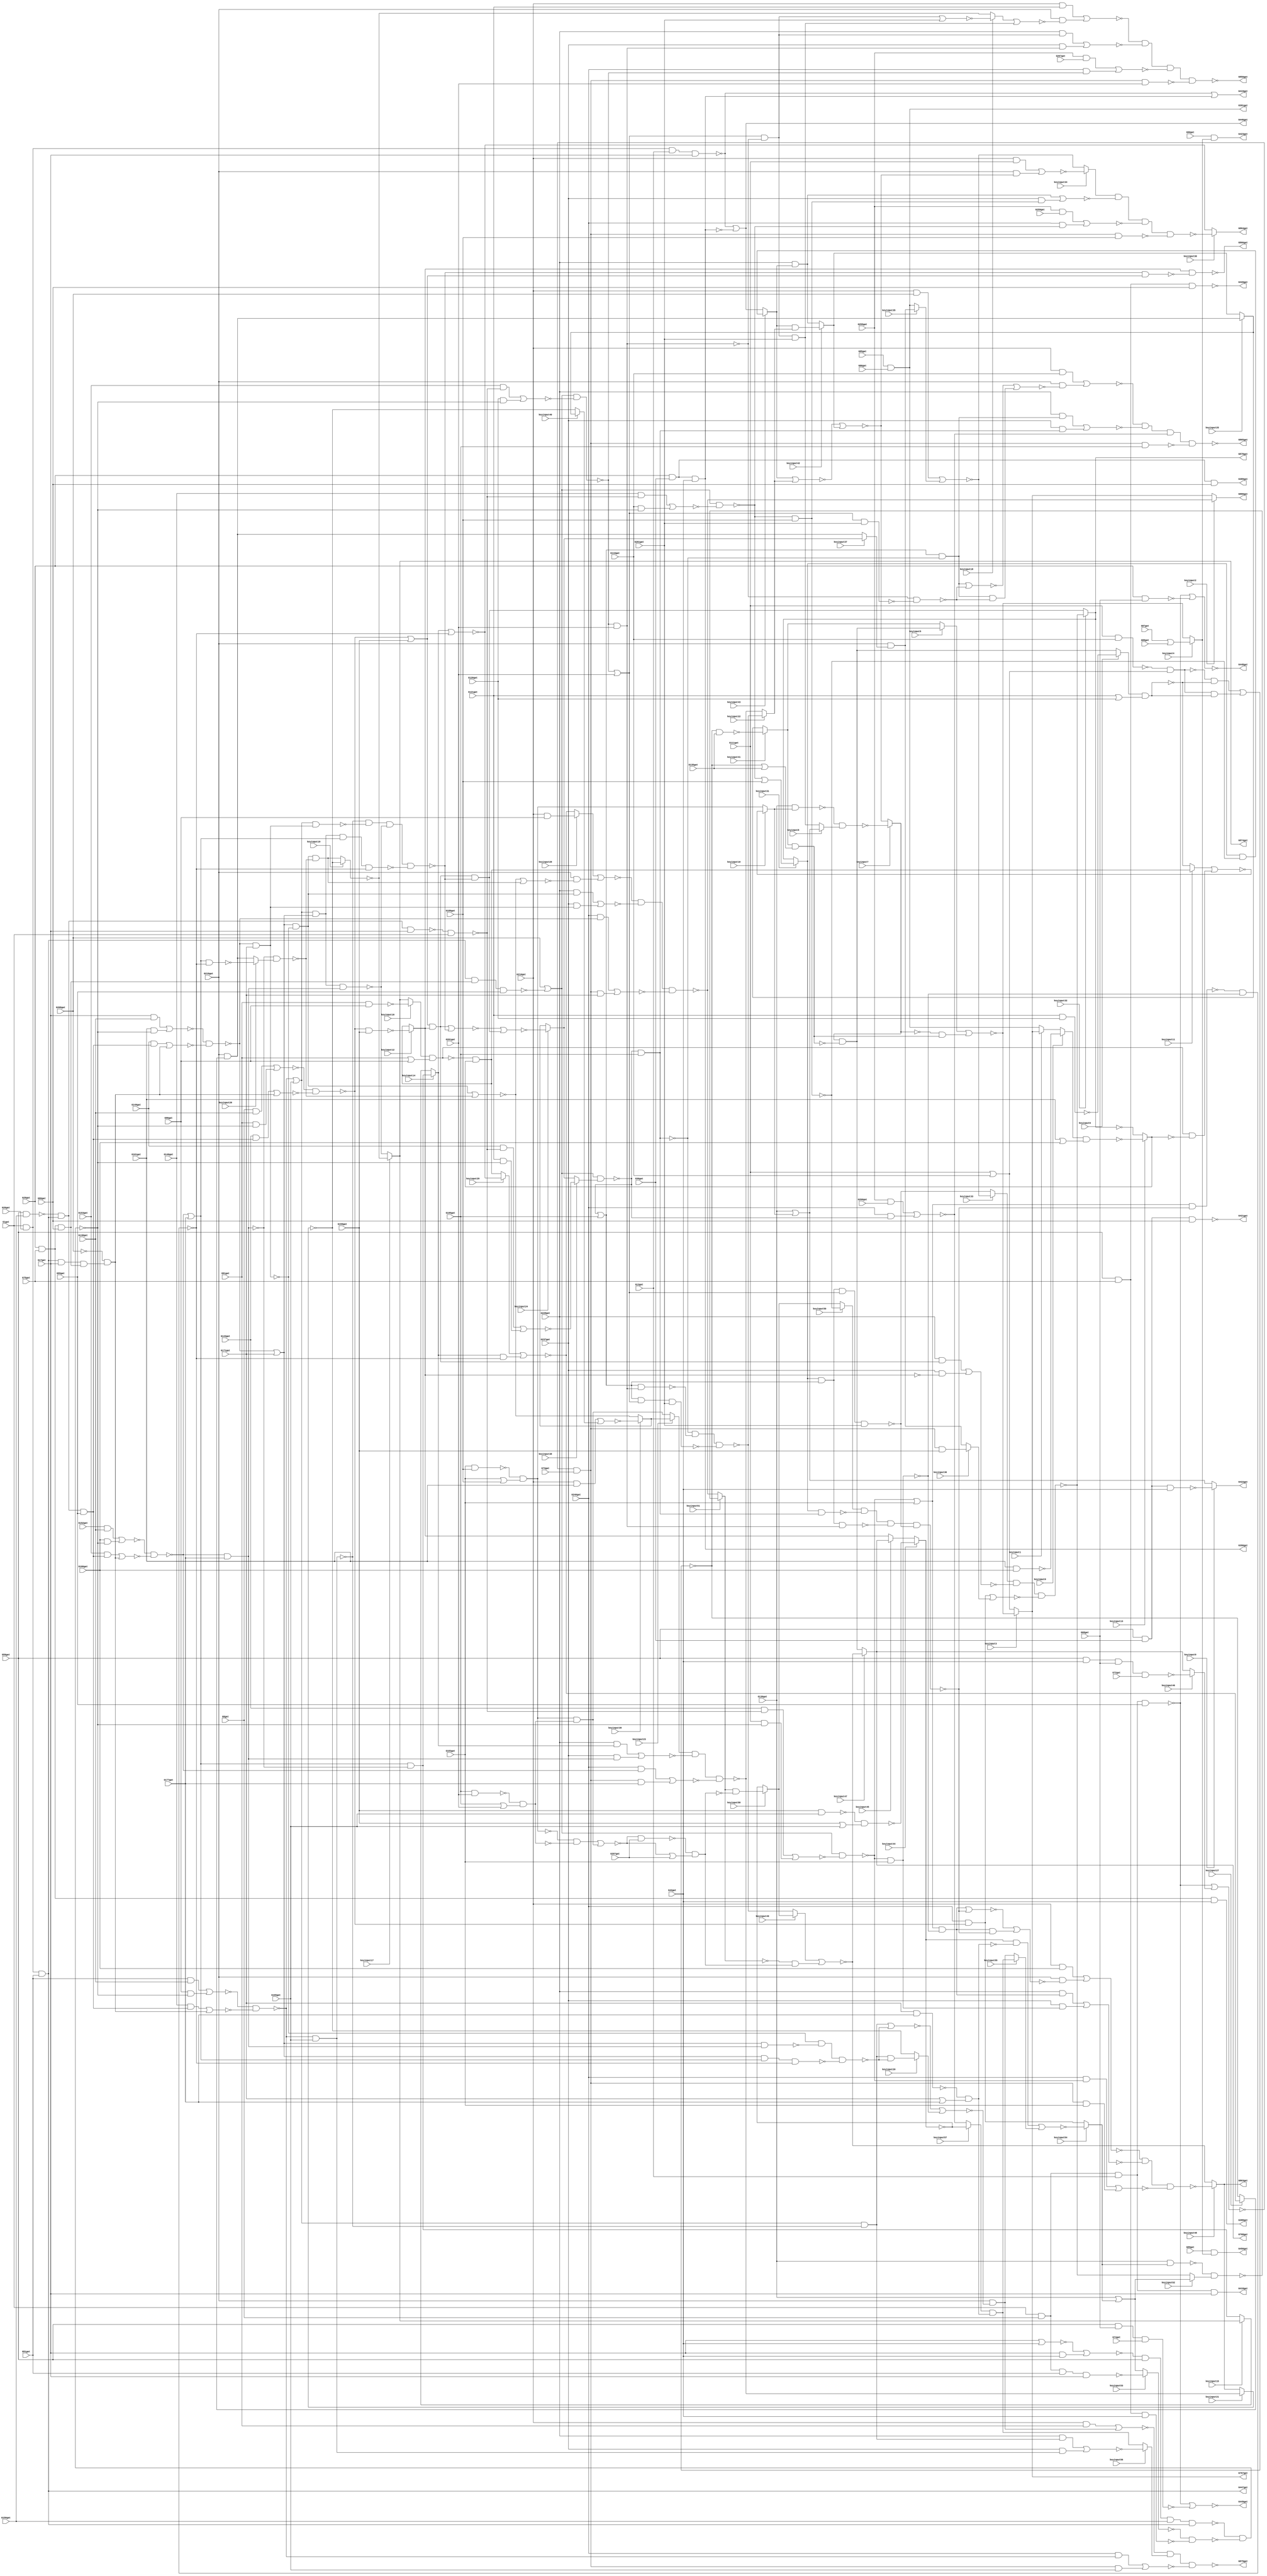
// Verilog File 
module top (G1gat,G8gat,G13gat,G17gat,G26gat,G29gat,G36gat,G42gat,G51gat,
G55gat,G59gat,G68gat,G72gat,G73gat,G74gat,G75gat,G80gat,G85gat,G86gat,
G87gat,G88gat,G89gat,G90gat,G91gat,G96gat,G101gat,G106gat,G111gat,G116gat,
G121gat,G126gat,G130gat,G135gat,G138gat,G143gat,G146gat,G149gat,G152gat,G153gat,
G156gat,G159gat,G165gat,G171gat,G177gat,G183gat,G189gat,G195gat,G201gat,G207gat,
G210gat,G219gat,G228gat,G237gat,G246gat,G255gat,G259gat,G260gat,G261gat,G267gat,
G268gat,G388gat,G389gat,G390gat,G391gat,G418gat,G419gat,G420gat,G421gat,G422gat,
G423gat,G446gat,G447gat,G448gat,G449gat,G450gat,G767gat,G768gat,G850gat,G863gat,
G864gat,G865gat,G866gat,G874gat,G878gat,G879gat,G880gat,keyinput0,keyinput1,keyinput2,
keyinput3,keyinput4,keyinput5,keyinput6,keyinput7,keyinput8,keyinput9,keyinput10,keyinput11,keyinput12,
keyinput13,keyinput14,keyinput15,keyinput16,keyinput17,keyinput18,keyinput19,keyinput20,keyinput21,keyinput22,
keyinput23,keyinput24,keyinput25,keyinput26,keyinput27,keyinput28,keyinput29,keyinput30,keyinput31,keyinput32,
keyinput33,keyinput34,keyinput35,keyinput36,keyinput37,keyinput38,keyinput39,keyinput40,keyinput41,keyinput42,
keyinput43,keyinput44,keyinput45,keyinput46,keyinput47,keyinput48,keyinput49,keyinput50,keyinput51,keyinput52,
keyinput53,keyinput54,keyinput55,keyinput56,keyinput57,keyinput58);

input G1gat,G8gat,G13gat,G17gat,G26gat,G29gat,G36gat,G42gat,G51gat,
G55gat,G59gat,G68gat,G72gat,G73gat,G74gat,G75gat,G80gat,G85gat,G86gat,
G87gat,G88gat,G89gat,G90gat,G91gat,G96gat,G101gat,G106gat,G111gat,G116gat,
G121gat,G126gat,G130gat,G135gat,G138gat,G143gat,G146gat,G149gat,G152gat,G153gat,
G156gat,G159gat,G165gat,G171gat,G177gat,G183gat,G189gat,G195gat,G201gat,G207gat,
G210gat,G219gat,G228gat,G237gat,G246gat,G255gat,G259gat,G260gat,G261gat,G267gat,
G268gat,keyinput0,keyinput1,keyinput2,keyinput3,keyinput4,keyinput5,keyinput6,keyinput7,keyinput8,
keyinput9,keyinput10,keyinput11,keyinput12,keyinput13,keyinput14,keyinput15,keyinput16,keyinput17,keyinput18,
keyinput19,keyinput20,keyinput21,keyinput22,keyinput23,keyinput24,keyinput25,keyinput26,keyinput27,keyinput28,
keyinput29,keyinput30,keyinput31,keyinput32,keyinput33,keyinput34,keyinput35,keyinput36,keyinput37,keyinput38,
keyinput39,keyinput40,keyinput41,keyinput42,keyinput43,keyinput44,keyinput45,keyinput46,keyinput47,keyinput48,
keyinput49,keyinput50,keyinput51,keyinput52,keyinput53,keyinput54,keyinput55,keyinput56,keyinput57,keyinput58;

output G388gat,G389gat,G390gat,G391gat,G418gat,G419gat,G420gat,G421gat,G422gat,
G423gat,G446gat,G447gat,G448gat,G449gat,G450gat,G767gat,G768gat,G850gat,G863gat,
G864gat,G865gat,G866gat,G874gat,G878gat,G879gat,G880gat;

wire G269gat,G270gat,G273gat,G276gat,G279gat,G280gat,G284gat,G285gat,G286gat,
G287gat,G290gat,G291gat,G292gat,G293gat,G294gat,G295gat,G296gat,G297gat,G298gat,
G301gat,G302gat,G303gat,G304gat,G305gat,G306gat,G307gat,G308gat,G309gat,G310gat,
G316gat,G317gat,G318gat,G319gat,G322gat,G323gat,G324gat,G325gat,G326gat,G327gat,
G328gat,G329gat,G330gat,G331gat,G332gat,G333gat,G334gat,G335gat,G336gat,G337gat,
G338gat,G339gat,G340gat,G341gat,G342gat,G343gat,G344gat,G345gat,G346gat,G347gat,
G348gat,G349gat,G350gat,G351gat,G352gat,G353gat,G354gat,G355gat,G356gat,G357gat,
G360gat,G363gat,G366gat,G369gat,G375gat,G376gat,G379gat,G382gat,G385gat,G392gat,
G393gat,G399gat,G400gat,G401gat,G402gat,G403gat,G404gat,G405gat,G406gat,G407gat,
G408gat,G409gat,G410gat,G411gat,G412gat,G413gat,G414gat,G415gat,G416gat,G417gat,
G424gat,G425gat,G426gat,G427gat,G432gat,G437gat,G442gat,G443gat,G444gat,G445gat,
G451gat,G460gat,G463gat,G466gat,G475gat,G476gat,G477gat,G478gat,G479gat,G480gat,
G481gat,G482gat,G483gat,G488gat,G489gat,G490gat,G491gat,G492gat,G495gat,G498gat,
G499gat,G500gat,G501gat,G502gat,G503gat,G504gat,G505gat,G506gat,G507gat,G508gat,
G509gat,G510gat,G511gat,G512gat,G513gat,G514gat,G515gat,G516gat,G517gat,G518gat,
G519gat,G520gat,G521gat,G522gat,G523gat,G524gat,G525gat,G526gat,G527gat,G528gat,
G529gat,G530gat,G533gat,G536gat,G537gat,G538gat,G539gat,G540gat,G541gat,G542gat,
G543gat,G544gat,G547gat,G550gat,G551gat,G552gat,G553gat,G557gat,G561gat,G565gat,
G569gat,G573gat,G577gat,G581gat,G585gat,G586gat,G587gat,G588gat,G589gat,G590gat,
G593gat,G596gat,G597gat,G600gat,G605gat,G606gat,G609gat,G615gat,G616gat,G619gat,
G624gat,G625gat,G628gat,G631gat,G632gat,G635gat,G640gat,G641gat,G644gat,G650gat,
G651gat,G654gat,G659gat,G660gat,G661gat,G662gat,G665gat,G669gat,G670gat,G673gat,
G677gat,G678gat,G682gat,G686gat,G687gat,G692gat,G696gat,G697gat,G700gat,G704gat,
G705gat,G708gat,G712gat,G713gat,G717gat,G721gat,G722gat,G727gat,G731gat,G732gat,
G733gat,G734gat,G735gat,G736gat,G737gat,G738gat,G739gat,G740gat,G741gat,G742gat,
G743gat,G744gat,G745gat,G746gat,G747gat,G748gat,G749gat,G750gat,G751gat,G752gat,
G753gat,G754gat,G755gat,G756gat,G757gat,G758gat,G759gat,G760gat,G761gat,G762gat,
G763gat,G764gat,G765gat,G766gat,G769gat,G770gat,G771gat,G772gat,G773gat,G777gat,
G778gat,G781gat,G782gat,G785gat,G786gat,G787gat,G788gat,G789gat,G790gat,G791gat,
G792gat,G793gat,G794gat,G795gat,G796gat,G802gat,G803gat,G804gat,G805gat,G806gat,
G807gat,G808gat,G809gat,G810gat,G811gat,G812gat,G813gat,G814gat,G815gat,G819gat,
G822gat,G825gat,G826gat,G827gat,G828gat,G829gat,G830gat,G831gat,G832gat,G833gat,
G834gat,G835gat,G836gat,G837gat,G838gat,G839gat,G840gat,G841gat,G842gat,G843gat,
G844gat,G845gat,G846gat,G847gat,G848gat,G849gat,G851gat,G852gat,G853gat,G854gat,
G855gat,G856gat,G857gat,G858gat,G859gat,G860gat,G861gat,G862gat,G867gat,G868gat,
G869gat,G870gat,G871gat,G872gat,G873gat,G875gat,G876gat,G877gat,muxed0,muxed1,
muxed2,muxed3,muxed4,muxed5,muxed6,muxed7,muxed8,muxed9,muxed10,muxed11,
muxed12,muxed13,muxed14,muxed15,muxed16,muxed17,muxed18,muxed19,muxed20,muxed21,
muxed22,muxed23,muxed24,muxed25,muxed26,muxed27,muxed28,muxed29,muxed30,muxed31,
muxed32,muxed33,muxed34,muxed35,muxed36,muxed37,muxed38,muxed39,muxed40,muxed41,
muxed42,muxed43,muxed44,muxed45,muxed46,muxed47,muxed48,muxed49,muxed50,muxed51,
muxed52,muxed53,muxed54,muxed55,muxed56,muxed57,muxed58;
nand gate_0(G269gat,G1gat,G8gat,G13gat,G17gat);
nand gate_1(G270gat,G1gat,G26gat,G13gat,G17gat);
and gate_2(G273gat,G29gat,G36gat,G42gat);
and gate_3(G276gat,G1gat,G26gat,G51gat);
nand gate_4(G279gat,G1gat,G8gat,G51gat,G17gat);
nand gate_5(G280gat,G1gat,G8gat,G13gat,G55gat);
nand gate_6(G284gat,G59gat,G42gat,G68gat,G72gat);
nand gate_7(G285gat,G29gat,G68gat);
nand gate_8(G286gat,G59gat,G68gat,G74gat);
and gate_9(G287gat,G29gat,G75gat,G80gat);
and gate_10(G290gat,G29gat,G75gat,G42gat);
and gate_11(G291gat,G29gat,G36gat,G80gat);
and gate_12(G292gat,G29gat,G36gat,G42gat);
and gate_13(G293gat,G59gat,G75gat,G80gat);
and gate_14(G294gat,G59gat,G75gat,G42gat);
and gate_15(G295gat,G59gat,G36gat,G80gat);
and gate_16(G296gat,G59gat,G36gat,G42gat);
and gate_17(G297gat,G85gat,G86gat);
or gate_18(G298gat,G87gat,G88gat);
nand gate_19(G301gat,G91gat,G96gat);
or gate_20(G302gat,G91gat,G96gat);
nand gate_21(G303gat,G101gat,G106gat);
or gate_22(G304gat,G101gat,G106gat);
nand gate_23(G305gat,G111gat,G116gat);
or gate_24(G306gat,G111gat,G116gat);
nand gate_25(G307gat,G121gat,G126gat);
or gate_26(G308gat,G121gat,G126gat);
and gate_27(G309gat,G8gat,G138gat);
not gate_28(G310gat,G268gat);
and gate_29(G316gat,G51gat,G138gat);
and gate_30(G317gat,G17gat,G138gat);
and gate_31(G318gat,G152gat,G138gat);
nand gate_32(G319gat,G59gat,G156gat);
nor gate_33(G322gat,G17gat,G42gat);
and gate_34(G323gat,G17gat,G42gat);
nand gate_35(G324gat,G159gat,G165gat);
or gate_36(G325gat,G159gat,G165gat);
nand gate_37(G326gat,G171gat,G177gat);
or gate_38(G327gat,G171gat,G177gat);
nand gate_39(G328gat,G183gat,G189gat);
or gate_40(G329gat,G183gat,G189gat);
nand gate_41(G330gat,G195gat,G201gat);
or gate_42(G331gat,G195gat,G201gat);
and gate_43(G332gat,G210gat,G91gat);
and gate_44(G333gat,G210gat,G96gat);
and gate_45(G334gat,G210gat,G101gat);
and gate_46(G335gat,G210gat,G106gat);
and gate_47(G336gat,G210gat,G111gat);
and gate_48(G337gat,G255gat,G259gat);
and gate_49(G338gat,G210gat,G116gat);
and gate_50(G339gat,G255gat,G260gat);
and gate_51(G340gat,G210gat,G121gat);
and gate_52(G341gat,G255gat,G267gat);
not gate_53(G342gat,G269gat);
not gate_54(G343gat,G273gat);
or gate_55(G344gat,G270gat,G273gat);
not gate_56(G345gat,G276gat);
not gate_57(G346gat,G276gat);
not gate_58(G347gat,muxed53);
nor gate_59(G348gat,G280gat,muxed46);
or gate_60(G349gat,G280gat,G285gat);
or gate_61(G350gat,G280gat,G286gat);
not gate_62(G351gat,G293gat);
not gate_63(G352gat,G294gat);
not gate_64(G353gat,G295gat);
not gate_65(G354gat,G296gat);
nand gate_66(G355gat,G89gat,muxed4);
and gate_67(G356gat,G90gat,muxed4);
nand gate_68(G357gat,muxed16,G302gat);
nand gate_69(G360gat,muxed0,G304gat);
nand gate_70(G363gat,G305gat,G306gat);
nand gate_71(G366gat,muxed6,G308gat);
not gate_72(G369gat,G310gat);
nor gate_73(G375gat,G322gat,G323gat);
nand gate_74(G376gat,G324gat,G325gat);
nand gate_75(G379gat,G326gat,G327gat);
nand gate_76(G382gat,G328gat,G329gat);
nand gate_77(G385gat,G330gat,G331gat);
buf gate_78(G388gat,G290gat);
buf gate_79(G389gat,G291gat);
buf gate_80(G390gat,G292gat);
buf gate_81(G391gat,G297gat);
or gate_82(G392gat,G270gat,G343gat);
not gate_83(G393gat,G345gat);
not gate_84(G399gat,G346gat);
and gate_85(G400gat,G348gat,G73gat);
not gate_86(G401gat,G349gat);
not gate_87(G402gat,G350gat);
not gate_88(G403gat,G355gat);
not gate_89(G404gat,G357gat);
not gate_90(G405gat,muxed13);
and gate_91(G406gat,G357gat,muxed13);
not gate_92(G407gat,G363gat);
not gate_93(G408gat,G366gat);
and gate_94(G409gat,G363gat,G366gat);
nand gate_95(G410gat,G347gat,G352gat);
not gate_96(G411gat,muxed44);
not gate_97(G412gat,G379gat);
and gate_98(G413gat,muxed44,G379gat);
not gate_99(G414gat,G382gat);
not gate_100(G415gat,G385gat);
and gate_101(G416gat,G382gat,G385gat);
and gate_102(G417gat,G210gat,G369gat);
buf gate_103(G418gat,G342gat);
buf gate_104(G419gat,G344gat);
buf gate_105(G420gat,G351gat);
buf gate_106(G421gat,G353gat);
buf gate_107(G422gat,muxed9);
buf gate_108(G423gat,G356gat);
not gate_109(G424gat,G400gat);
and gate_110(G425gat,G404gat,G405gat);
and gate_111(G426gat,G407gat,G408gat);
and gate_112(G427gat,G319gat,G393gat,G55gat);
and gate_113(G432gat,G393gat,G17gat,G287gat);
nand gate_114(G437gat,G393gat,G287gat,G55gat);
nand gate_115(G442gat,G375gat,G59gat,G156gat,G393gat);
nand gate_116(G443gat,G393gat,G319gat,G17gat);
and gate_117(G444gat,muxed57,G412gat);
and gate_118(G445gat,G414gat,G415gat);
buf gate_119(G446gat,G392gat);
buf gate_120(G447gat,G399gat);
buf gate_121(G448gat,G401gat);
buf gate_122(G449gat,G402gat);
buf gate_123(G450gat,G403gat);
not gate_124(G451gat,G424gat);
nor gate_125(G460gat,muxed11,G425gat);
nor gate_126(G463gat,G409gat,G426gat);
nand gate_127(G466gat,G442gat,G410gat);
and gate_128(G475gat,G143gat,G427gat);
and gate_129(G476gat,G310gat,G432gat);
and gate_130(G477gat,G146gat,G427gat);
and gate_131(G478gat,G310gat,G432gat);
and gate_132(G479gat,G149gat,G427gat);
and gate_133(G480gat,G310gat,G432gat);
and gate_134(G481gat,G153gat,G427gat);
and gate_135(G482gat,G310gat,G432gat);
nand gate_136(G483gat,G443gat,G1gat);
or gate_137(G488gat,G369gat,G437gat);
or gate_138(G489gat,G369gat,G437gat);
or gate_139(G490gat,G369gat,G437gat);
or gate_140(G491gat,G369gat,G437gat);
nor gate_141(G492gat,G413gat,muxed55);
nor gate_142(G495gat,G416gat,G445gat);
nand gate_143(G498gat,G130gat,muxed10);
or gate_144(G499gat,G130gat,muxed10);
nand gate_145(G500gat,G463gat,G135gat);
or gate_146(G501gat,G463gat,G135gat);
and gate_147(G502gat,G91gat,G466gat);
nor gate_148(G503gat,G475gat,G476gat);
and gate_149(G504gat,G96gat,G466gat);
nor gate_150(G505gat,G477gat,G478gat);
and gate_151(G506gat,G101gat,G466gat);
nor gate_152(G507gat,G479gat,G480gat);
and gate_153(G508gat,G106gat,G466gat);
nor gate_154(G509gat,G481gat,G482gat);
and gate_155(G510gat,G143gat,G483gat);
and gate_156(G511gat,G111gat,G466gat);
and gate_157(G512gat,G146gat,G483gat);
and gate_158(G513gat,G116gat,G466gat);
and gate_159(G514gat,G149gat,G483gat);
and gate_160(G515gat,G121gat,G466gat);
and gate_161(G516gat,G153gat,G483gat);
and gate_162(G517gat,G126gat,G466gat);
nand gate_163(G518gat,G130gat,muxed54);
or gate_164(G519gat,G130gat,muxed54);
nand gate_165(G520gat,G495gat,G207gat);
or gate_166(G521gat,G495gat,G207gat);
and gate_167(G522gat,G451gat,G159gat);
and gate_168(G523gat,G451gat,G165gat);
and gate_169(G524gat,G451gat,G171gat);
and gate_170(G525gat,G451gat,G177gat);
and gate_171(G526gat,G451gat,G183gat);
nand gate_172(G527gat,G451gat,G189gat);
nand gate_173(G528gat,G451gat,G195gat);
nand gate_174(G529gat,G451gat,G201gat);
nand gate_175(G530gat,G498gat,muxed8);
nand gate_176(G533gat,muxed41,G501gat);
nor gate_177(G536gat,G309gat,G502gat);
nor gate_178(G537gat,G316gat,G504gat);
nor gate_179(G538gat,G317gat,G506gat);
nor gate_180(G539gat,G318gat,G508gat);
nor gate_181(G540gat,G510gat,G511gat);
nor gate_182(G541gat,G512gat,G513gat);
nor gate_183(G542gat,G514gat,G515gat);
nor gate_184(G543gat,G516gat,G517gat);
nand gate_185(G544gat,G518gat,muxed52);
nand gate_186(G547gat,G520gat,G521gat);
not gate_187(G550gat,muxed7);
not gate_188(G551gat,G533gat);
and gate_189(G552gat,muxed7,G533gat);
nand gate_190(G553gat,G536gat,G503gat);
nand gate_191(G557gat,G537gat,G505gat);
nand gate_192(G561gat,G538gat,G507gat);
nand gate_193(G565gat,G539gat,G509gat);
nand gate_194(G569gat,G488gat,G540gat);
nand gate_195(G573gat,G489gat,G541gat);
nand gate_196(G577gat,G490gat,muxed38);
nand gate_197(G581gat,G491gat,G543gat);
not gate_198(G585gat,muxed51);
not gate_199(G586gat,G547gat);
and gate_200(G587gat,muxed51,G547gat);
and gate_201(G588gat,G550gat,G551gat);
and gate_202(G589gat,G585gat,G586gat);
nand gate_203(G590gat,G553gat,G159gat);
or gate_204(G593gat,G553gat,G159gat);
and gate_205(G596gat,G246gat,G553gat);
nand gate_206(G597gat,G557gat,G165gat);
or gate_207(G600gat,G557gat,G165gat);
and gate_208(G605gat,G246gat,G557gat);
nand gate_209(G606gat,G561gat,G171gat);
or gate_210(G609gat,G561gat,G171gat);
and gate_211(G615gat,G246gat,G561gat);
nand gate_212(G616gat,G565gat,G177gat);
or gate_213(G619gat,G565gat,G177gat);
and gate_214(G624gat,G246gat,G565gat);
nand gate_215(G625gat,G569gat,G183gat);
or gate_216(G628gat,G569gat,G183gat);
and gate_217(G631gat,G246gat,G569gat);
nand gate_218(G632gat,G573gat,G189gat);
or gate_219(G635gat,G573gat,G189gat);
and gate_220(G640gat,G246gat,G573gat);
nand gate_221(G641gat,G577gat,G195gat);
or gate_222(G644gat,G577gat,G195gat);
and gate_223(G650gat,G246gat,G577gat);
nand gate_224(G651gat,G581gat,G201gat);
or gate_225(G654gat,G581gat,G201gat);
and gate_226(G659gat,G246gat,G581gat);
nor gate_227(G660gat,muxed5,G588gat);
nor gate_228(G661gat,muxed49,G589gat);
not gate_229(G662gat,muxed12);
and gate_230(G665gat,G593gat,muxed12);
nor gate_231(G669gat,G596gat,muxed36);
not gate_232(G670gat,G597gat);
and gate_233(G673gat,G600gat,G597gat);
nor gate_234(G677gat,G605gat,G523gat);
not gate_235(G678gat,G606gat);
and gate_236(G682gat,G609gat,G606gat);
nor gate_237(G686gat,G615gat,G524gat);
not gate_238(G687gat,G616gat);
and gate_239(G692gat,G619gat,G616gat);
nor gate_240(G696gat,G624gat,G525gat);
not gate_241(G697gat,G625gat);
and gate_242(G700gat,G628gat,G625gat);
nor gate_243(G704gat,G631gat,G526gat);
not gate_244(G705gat,G632gat);
and gate_245(G708gat,muxed31,G632gat);
nor gate_246(G712gat,G337gat,G640gat);
not gate_247(G713gat,G641gat);
and gate_248(G717gat,G644gat,G641gat);
nor gate_249(G721gat,G339gat,G650gat);
not gate_250(G722gat,G651gat);
and gate_251(G727gat,G654gat,G651gat);
nor gate_252(G731gat,G341gat,G659gat);
nand gate_253(G732gat,G654gat,G261gat);
nand gate_254(G733gat,G644gat,G654gat,G261gat);
nand gate_255(G734gat,muxed31,G644gat,G654gat,G261gat);
not gate_256(G735gat,G662gat);
and gate_257(G736gat,G228gat,G665gat);
and gate_258(G737gat,G237gat,G662gat);
not gate_259(G738gat,G670gat);
and gate_260(G739gat,G228gat,G673gat);
and gate_261(G740gat,G237gat,G670gat);
not gate_262(G741gat,G678gat);
and gate_263(G742gat,G228gat,G682gat);
and gate_264(G743gat,G237gat,G678gat);
not gate_265(G744gat,G687gat);
and gate_266(G745gat,G228gat,muxed14);
and gate_267(G746gat,G237gat,G687gat);
not gate_268(G747gat,G697gat);
and gate_269(G748gat,G228gat,G700gat);
and gate_270(G749gat,G237gat,G697gat);
not gate_271(G750gat,G705gat);
and gate_272(G751gat,G228gat,muxed43);
and gate_273(G752gat,G237gat,G705gat);
not gate_274(G753gat,G713gat);
and gate_275(G754gat,G228gat,G717gat);
and gate_276(G755gat,G237gat,G713gat);
not gate_277(G756gat,G722gat);
nor gate_278(G757gat,G727gat,G261gat);
and gate_279(G758gat,G727gat,G261gat);
and gate_280(G759gat,G228gat,G727gat);
and gate_281(G760gat,G237gat,G722gat);
nand gate_282(G761gat,G644gat,G722gat);
nand gate_283(G762gat,muxed31,G713gat);
nand gate_284(G763gat,muxed31,G644gat,G722gat);
nand gate_285(G764gat,G609gat,G687gat);
nand gate_286(G765gat,G600gat,G678gat);
nand gate_287(G766gat,G600gat,G609gat,G687gat);
buf gate_288(G767gat,muxed3);
buf gate_289(G768gat,muxed47);
nor gate_290(G769gat,G736gat,G737gat);
nor gate_291(G770gat,G739gat,G740gat);
nor gate_292(G771gat,G742gat,G743gat);
nor gate_293(G772gat,G745gat,G746gat);
nand gate_294(G773gat,muxed50,G762gat,G763gat,G734gat);
nor gate_295(G777gat,G748gat,G749gat);
nand gate_296(G778gat,G753gat,G761gat,G733gat);
nor gate_297(G781gat,G751gat,G752gat);
nand gate_298(G782gat,G756gat,G732gat);
nor gate_299(G785gat,G754gat,G755gat);
nor gate_300(G786gat,muxed18,G758gat);
nor gate_301(G787gat,G759gat,G760gat);
nor gate_302(G788gat,G700gat,G773gat);
and gate_303(G789gat,G700gat,G773gat);
nor gate_304(G790gat,muxed43,muxed22);
and gate_305(G791gat,muxed43,muxed22);
nor gate_306(G792gat,G717gat,G782gat);
and gate_307(G793gat,G717gat,G782gat);
and gate_308(G794gat,G219gat,G786gat);
nand gate_309(G795gat,G628gat,G773gat);
nand gate_310(G796gat,G795gat,G747gat);
nor gate_311(G802gat,G788gat,G789gat);
nor gate_312(G803gat,G790gat,muxed42);
nor gate_313(G804gat,G792gat,G793gat);
nor gate_314(G805gat,G340gat,G794gat);
nor gate_315(G806gat,muxed14,G796gat);
and gate_316(G807gat,muxed14,G796gat);
and gate_317(G808gat,G219gat,G802gat);
and gate_318(G809gat,G219gat,G803gat);
and gate_319(G810gat,G219gat,G804gat);
nand gate_320(G811gat,G805gat,G787gat,G731gat,G529gat);
nand gate_321(G812gat,G619gat,G796gat);
nand gate_322(G813gat,G609gat,G619gat,G796gat);
nand gate_323(G814gat,G600gat,G609gat,G619gat,G796gat);
nand gate_324(G815gat,G738gat,G765gat,G766gat,G814gat);
nand gate_325(G819gat,G741gat,G764gat,G813gat);
nand gate_326(G822gat,G744gat,muxed26);
nor gate_327(G825gat,muxed29,G807gat);
nor gate_328(G826gat,G335gat,G808gat);
nor gate_329(G827gat,G336gat,G809gat);
nor gate_330(G828gat,G338gat,G810gat);
not gate_331(G829gat,G811gat);
nor gate_332(G830gat,G665gat,G815gat);
and gate_333(G831gat,G665gat,G815gat);
nor gate_334(G832gat,G673gat,G819gat);
and gate_335(G833gat,G673gat,G819gat);
nor gate_336(G834gat,G682gat,G822gat);
and gate_337(G835gat,G682gat,G822gat);
and gate_338(G836gat,G219gat,muxed27);
nand gate_339(G837gat,G826gat,G777gat,G704gat);
nand gate_340(G838gat,muxed34,G781gat,G712gat,G527gat);
nand gate_341(G839gat,G828gat,G785gat,G721gat,G528gat);
not gate_342(G840gat,G829gat);
nand gate_343(G841gat,G815gat,G593gat);
nor gate_344(G842gat,G830gat,G831gat);
nor gate_345(G843gat,G832gat,muxed20);
nor gate_346(G844gat,G834gat,G835gat);
nor gate_347(G845gat,G334gat,muxed40);
not gate_348(G846gat,muxed48);
not gate_349(G847gat,muxed30);
not gate_350(G848gat,G839gat);
and gate_351(G849gat,G735gat,G841gat);
buf gate_352(G850gat,G840gat);
and gate_353(G851gat,G219gat,muxed37);
and gate_354(G852gat,G219gat,G843gat);
and gate_355(G853gat,G219gat,G844gat);
nand gate_356(G854gat,muxed23,G772gat,G696gat);
not gate_357(G855gat,G846gat);
not gate_358(G856gat,G847gat);
not gate_359(G857gat,G848gat);
not gate_360(G858gat,G849gat);
nor gate_361(G859gat,G417gat,muxed35);
nor gate_362(G860gat,G332gat,G852gat);
nor gate_363(G861gat,muxed28,G853gat);
not gate_364(G862gat,muxed21);
buf gate_365(G863gat,G855gat);
buf gate_366(G864gat,G856gat);
buf gate_367(G865gat,G857gat);
buf gate_368(G866gat,G858gat);
nand gate_369(G867gat,muxed33,G769gat,G669gat);
nand gate_370(G868gat,G860gat,muxed56,G677gat);
nand gate_371(G869gat,G861gat,G771gat,G686gat);
not gate_372(G870gat,muxed19);
not gate_373(G871gat,muxed32);
not gate_374(G872gat,G868gat);
not gate_375(G873gat,G869gat);
buf gate_376(G874gat,muxed17);
not gate_377(G875gat,G871gat);
not gate_378(G876gat,G872gat);
not gate_379(G877gat,G873gat);
buf gate_380(G878gat,G875gat);
buf gate_381(G879gat,G876gat);
buf gate_382(G880gat,muxed2);
assign muxed0 = keyinput0 ? G303gat : muxed1;
assign muxed1 = keyinput1 ? G767gat : G297gat;
assign muxed2 = keyinput2 ? G877gat : G767gat;
assign muxed3 = keyinput3 ? G660gat : G306gat;
assign muxed4 = keyinput4 ? G298gat : G660gat;
assign muxed5 = keyinput5 ? G552gat : muxed41;
assign muxed6 = keyinput6 ? G307gat : G552gat;
assign muxed7 = keyinput7 ? G530gat : G803gat;
assign muxed8 = keyinput8 ? G499gat : G758gat;
assign muxed9 = keyinput9 ? G354gat : G499gat;
assign muxed10 = keyinput10 ? G460gat : G414gat;
assign muxed11 = keyinput11 ? G406gat : G366gat;
assign muxed12 = keyinput12 ? G590gat : G406gat;
assign muxed13 = keyinput13 ? G360gat : G871gat;
assign muxed14 = keyinput14 ? G692gat : muxed15;
assign muxed15 = keyinput15 ? G874gat : G692gat;
assign muxed16 = keyinput16 ? G301gat : G874gat;
assign muxed17 = keyinput17 ? G870gat : G766gat;
assign muxed18 = keyinput18 ? G757gat : G870gat;
assign muxed19 = keyinput19 ? G862gat : G835gat;
assign muxed20 = keyinput20 ? G833gat : G862gat;
assign muxed21 = keyinput21 ? G854gat : G855gat;
assign muxed22 = keyinput22 ? G778gat : G854gat;
assign muxed23 = keyinput23 ? muxed39 : G445gat;
assign muxed24 = keyinput24 ? G842gat : muxed39;
assign muxed25 = keyinput25 ? G836gat : muxed42;
assign muxed26 = keyinput26 ? G812gat : G836gat;
assign muxed27 = keyinput27 ? G825gat : G463gat;
assign muxed28 = keyinput28 ? G333gat : G825gat;
assign muxed29 = keyinput29 ? G806gat : G406gat;
assign muxed30 = keyinput30 ? G838gat : G806gat;
assign muxed31 = keyinput31 ? G635gat : muxed32;
assign muxed32 = keyinput32 ? G867gat : G831gat;
assign muxed33 = keyinput33 ? G859gat : G734gat;
assign muxed34 = keyinput34 ? G827gat : G859gat;
assign muxed35 = keyinput35 ? G851gat : G297gat;
assign muxed36 = keyinput36 ? G522gat : G851gat;
assign muxed37 = keyinput37 ? muxed24 : G836gat;
assign muxed38 = keyinput38 ? G542gat : muxed24;
assign muxed39 = keyinput39 ? G845gat : G834gat;
assign muxed40 = keyinput40 ? muxed25 : G862gat;
assign muxed41 = keyinput41 ? G500gat : muxed25;
assign muxed42 = keyinput42 ? G791gat : G751gat;
assign muxed43 = keyinput43 ? G708gat : G392gat;
assign muxed44 = keyinput44 ? G376gat : muxed45;
assign muxed45 = keyinput45 ? G768gat : G735gat;
assign muxed46 = keyinput46 ? G284gat : G768gat;
assign muxed47 = keyinput47 ? G661gat : G552gat;
assign muxed48 = keyinput48 ? G837gat : G661gat;
assign muxed49 = keyinput49 ? muxed58 : G778gat;
assign muxed50 = keyinput50 ? G750gat : muxed58;
assign muxed51 = keyinput51 ? G544gat : G869gat;
assign muxed52 = keyinput52 ? G519gat : G867gat;
assign muxed53 = keyinput53 ? G279gat : G519gat;
assign muxed54 = keyinput54 ? G492gat : G596gat;
assign muxed55 = keyinput55 ? G444gat : G852gat;
assign muxed56 = keyinput56 ? G770gat : G444gat;
assign muxed57 = keyinput57 ? G411gat : G721gat;
assign muxed58 = keyinput58 ? G587gat : G411gat;
endmodule